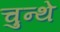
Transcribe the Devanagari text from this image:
चुन्थे